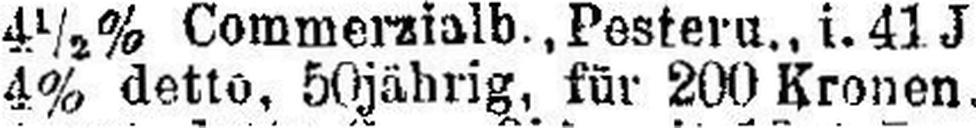
4% detto, 50jährig, für 200 Kronen ...